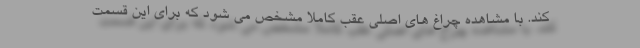
کند. با مشاهده چراغ های اصلی عقب کاملا مشخص می شود که برای این قسمت